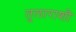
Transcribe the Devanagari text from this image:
तुलाराशौ